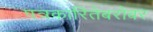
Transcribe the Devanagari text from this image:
पत्रकारितेबरोबर